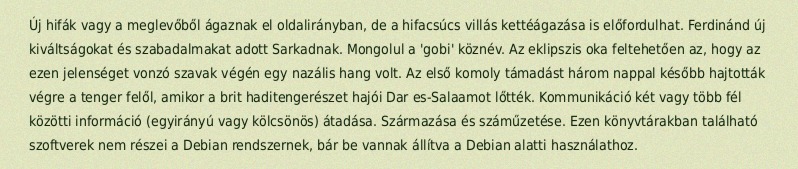
Új hifák vagy a meglevőből ágaznak el oldalirányban, de a hifacsúcs villás kettéágazása is előfordulhat. Ferdinánd új kiváltságokat és szabadalmakat adott Sarkadnak. Mongolul a 'gobi' köznév. Az eklipszis oka feltehetően az, hogy az ezen jelenséget vonzó szavak végén egy nazális hang volt. Az első komoly támadást három nappal később hajtották végre a tenger felől, amikor a brit haditengerészet hajói Dar es-Salaamot lőtték. Kommunikáció két vagy több fél közötti információ (egyirányú vagy kölcsönös) átadása. Származása és száműzetése. Ezen könyvtárakban található szoftverek nem részei a Debian rendszernek, bár be vannak állítva a Debian alatti használathoz.